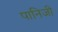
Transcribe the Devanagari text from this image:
पानिजी